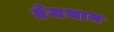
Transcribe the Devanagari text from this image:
तेजभान